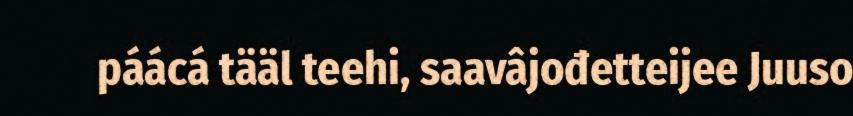
páácá tääl teehi, saavâjođetteijee Juuso